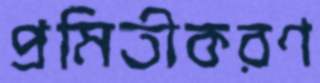
প্রমিতীকরণ